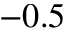
- 0 . 5